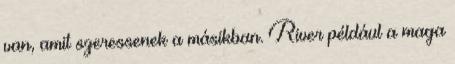
van, amit szeressenek a másikban. River például a maga